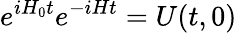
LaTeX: e^{iH_{0}t}e^{-iHt}=U(t,0)